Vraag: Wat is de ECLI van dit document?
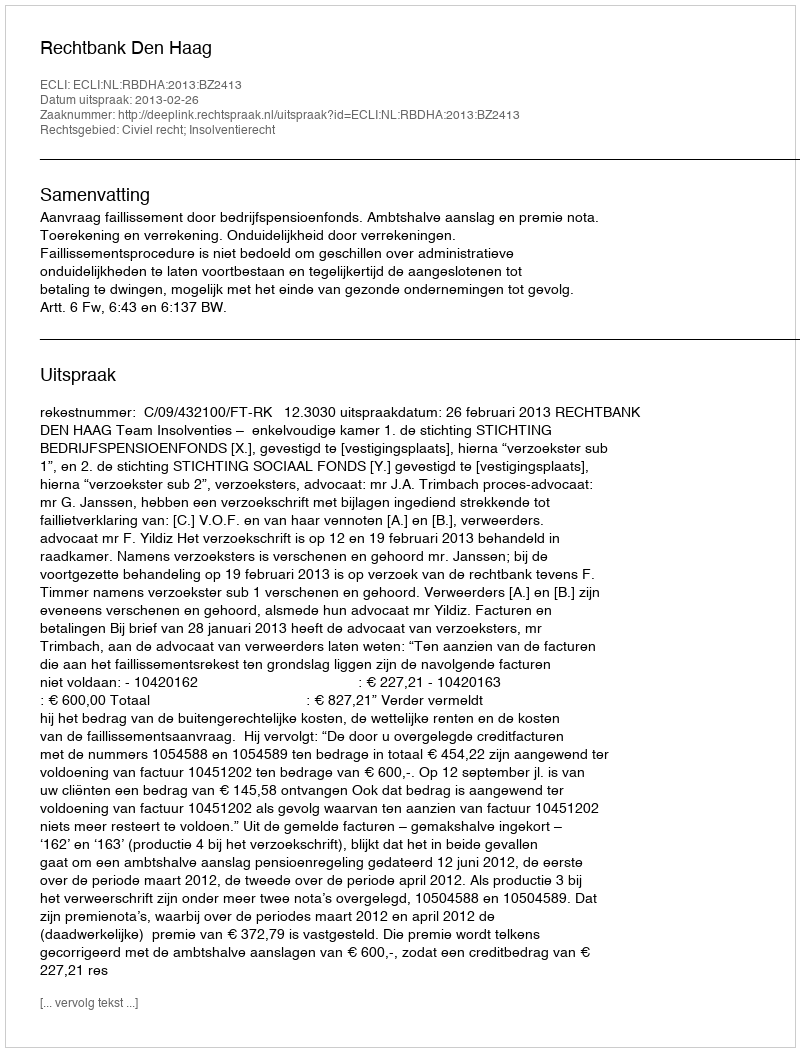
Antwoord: ECLI:NL:RBDHA:2013:BZ2413